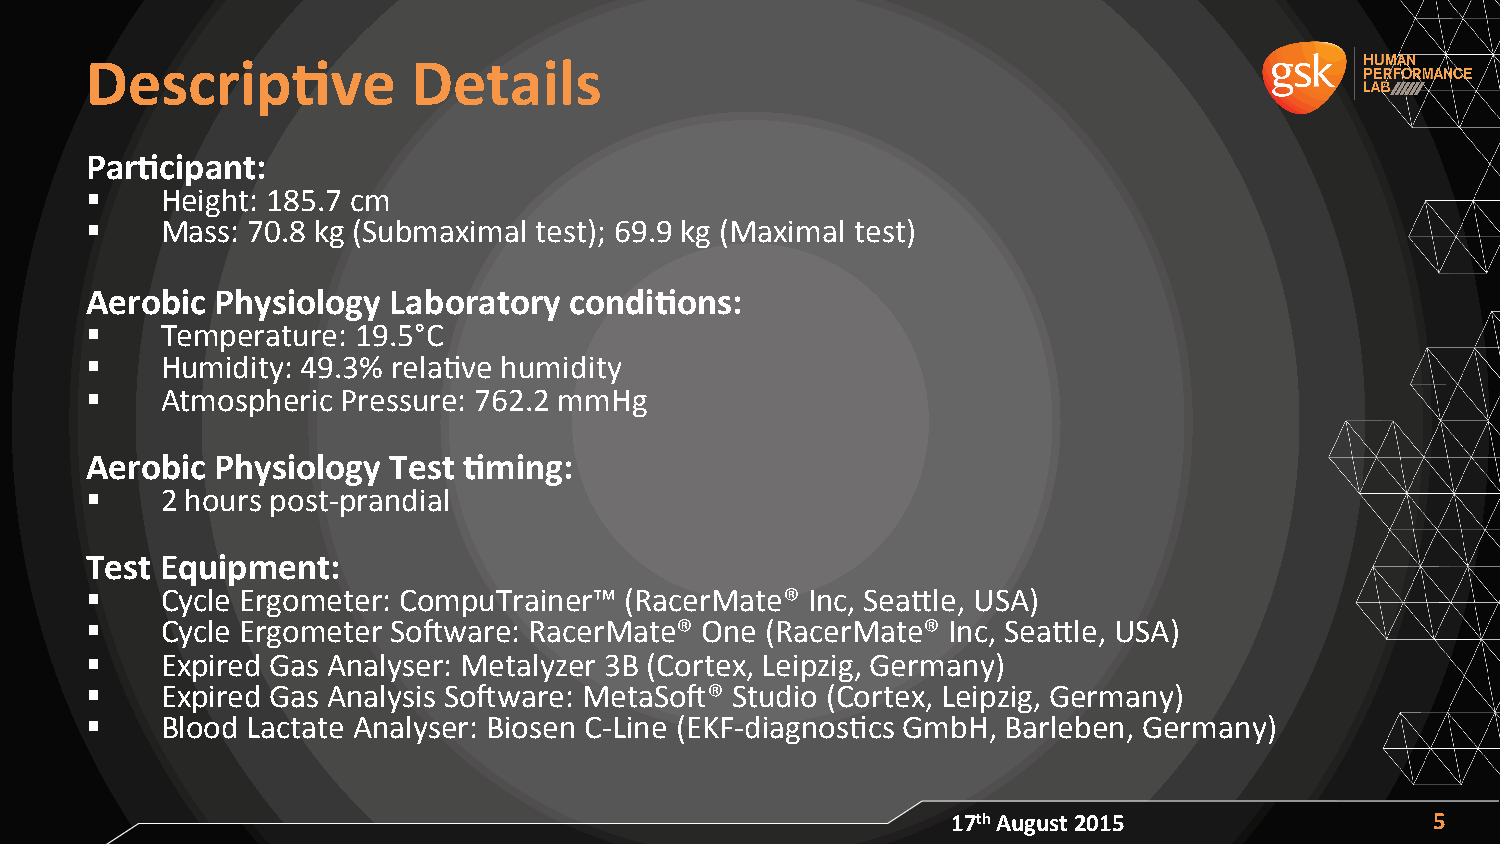
Descrip/ve           Details
 Par/cipant:
 §   Height: 185.7 cm
 §   Mass: 70.8 kg (Submaximal test); 69.9 kg (Maximal test)
 Aerobic Physiology  Laboratory  condi/ons:
 §   Temperature: 19.5°C
 §   Humidity: 49.3% relaAve humidity
 §   Atmospheric Pressure: 762.2 mmHg
 Aerobic Physiology  Test /ming:
 §   2 hours post-­‐prandial
 Test Equipment:
 §   Cycle Ergometer: CompuTrainer™ (RacerMate® Inc, Seajle, USA)
 §   Cycle Ergometer SoXware: RacerMate® One (RacerMate® Inc, Seajle, USA)
 §   Expired Gas Analyser: Metalyzer 3B (Cortex, Leipzig, Germany)
 §   Expired Gas Analysis SoXware: MetaSoX® Studio (Cortex, Leipzig, Germany)
 §   Blood Lactate Analyser: Biosen C-­‐Line (EKF-­‐diagnosAcs GmbH, Barleben, Germany)
 17th August 2015                5